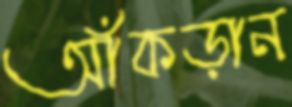
আঁকড়ান